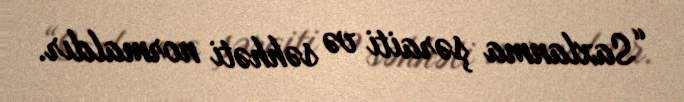
“Saxlanma şəraiti və səhhəti normaldır.